画像に写った文字を読んでください
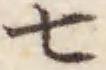
「七」と書いてあります